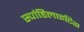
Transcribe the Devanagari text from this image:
स्पांडिलाइटिस